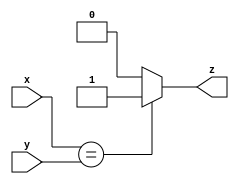
module top_module ( input x, input y, output z );
    assign z = (x == y) ? 1 : 0;
endmodule